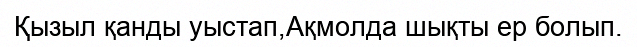
Қызыл қанды уыстап,Ақмолда шықты ер болып.